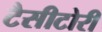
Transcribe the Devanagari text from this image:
टैसीटोरी